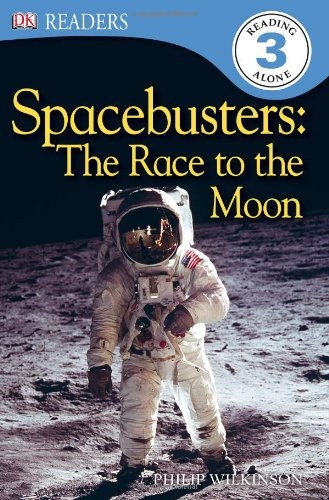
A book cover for DK Readers L3: Spacebusters: the Race to the Moon; Philip Wilkinson; Children's Books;